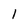
Character: 1